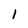
Character: l